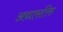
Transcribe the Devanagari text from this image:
अद्यासक्ति